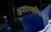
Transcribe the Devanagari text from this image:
अपपरमाण्विक